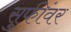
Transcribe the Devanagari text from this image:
सुफींवर